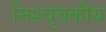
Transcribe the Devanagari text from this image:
निश्चुंबकीय